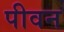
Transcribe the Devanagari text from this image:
पीवन